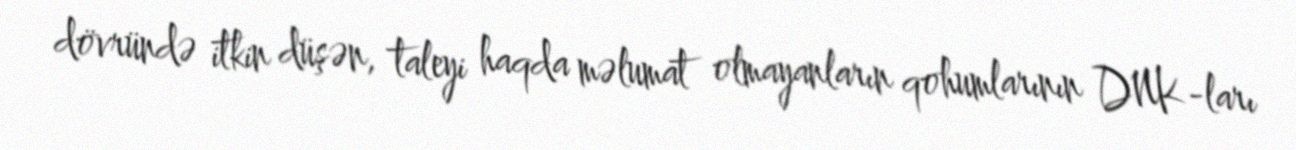
dövründə itkin düşən, taleyi haqda məlumat olmayanların qohumlarının DNK-ları